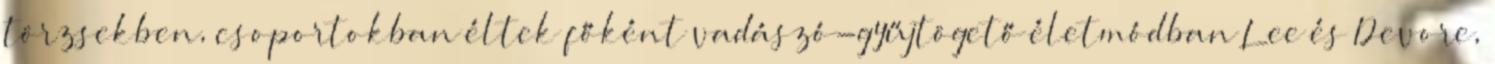
törzsekben, csoportokban éltek főként vadászó-gyűjtögető életmódban Lee és Devore,